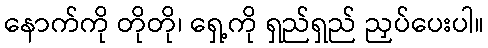
နောက်ကို တိုတို၊ ရှေ့ကို ရှည်ရှည် ညှပ်ပေးပါ။